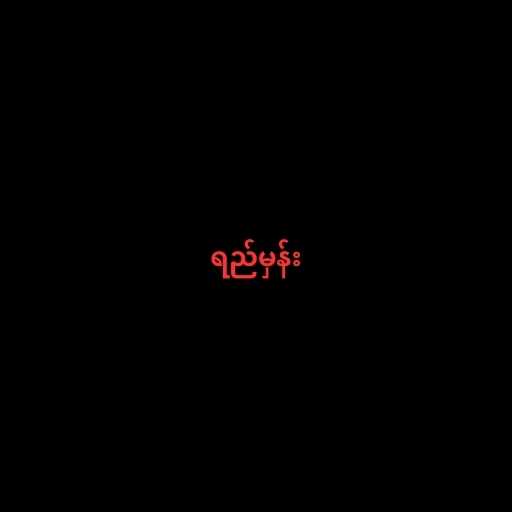
ရည်မှန်း